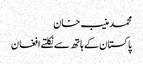
محمد منیب خان
پاکستان کے ہاتھ سے نکلتے افغان